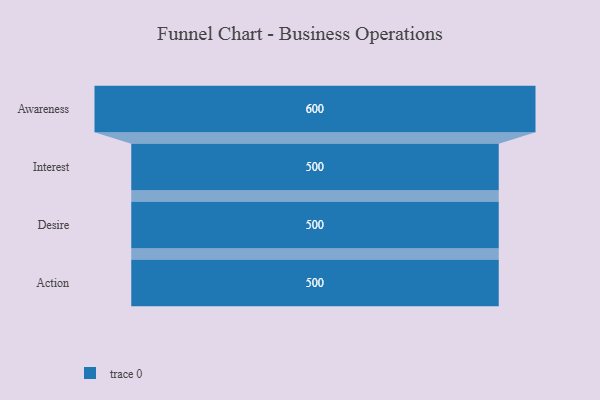
{"axis": {"x": "Stage", "y": "Value"}, "legend": [""], "data": [{"x": "Awareness", "y": 600.0, "type": ""}, {"x": "Interest", "y": 500, "type": ""}, {"x": "Desire", "y": 500, "type": ""}, {"x": "Action", "y": 500, "type": ""}]}